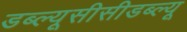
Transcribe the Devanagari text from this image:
डब्ल्यूसीसीडब्ल्यू